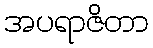
အပရာဇိတာ